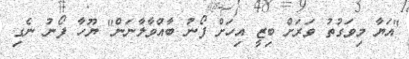
"އަޔާ މިވަގުތު ވަރަށް ބިޒީ އިހަށް ފޯނު ބާއްވާލާނަން" ޔޫހާ ފޯނު ނެގި